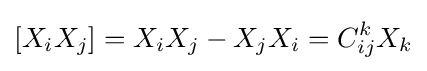
[X_{i}X_{j}]=X_{i}X_{j}-X_{j}X_{i}=C_{ij}^{k}X_{k}